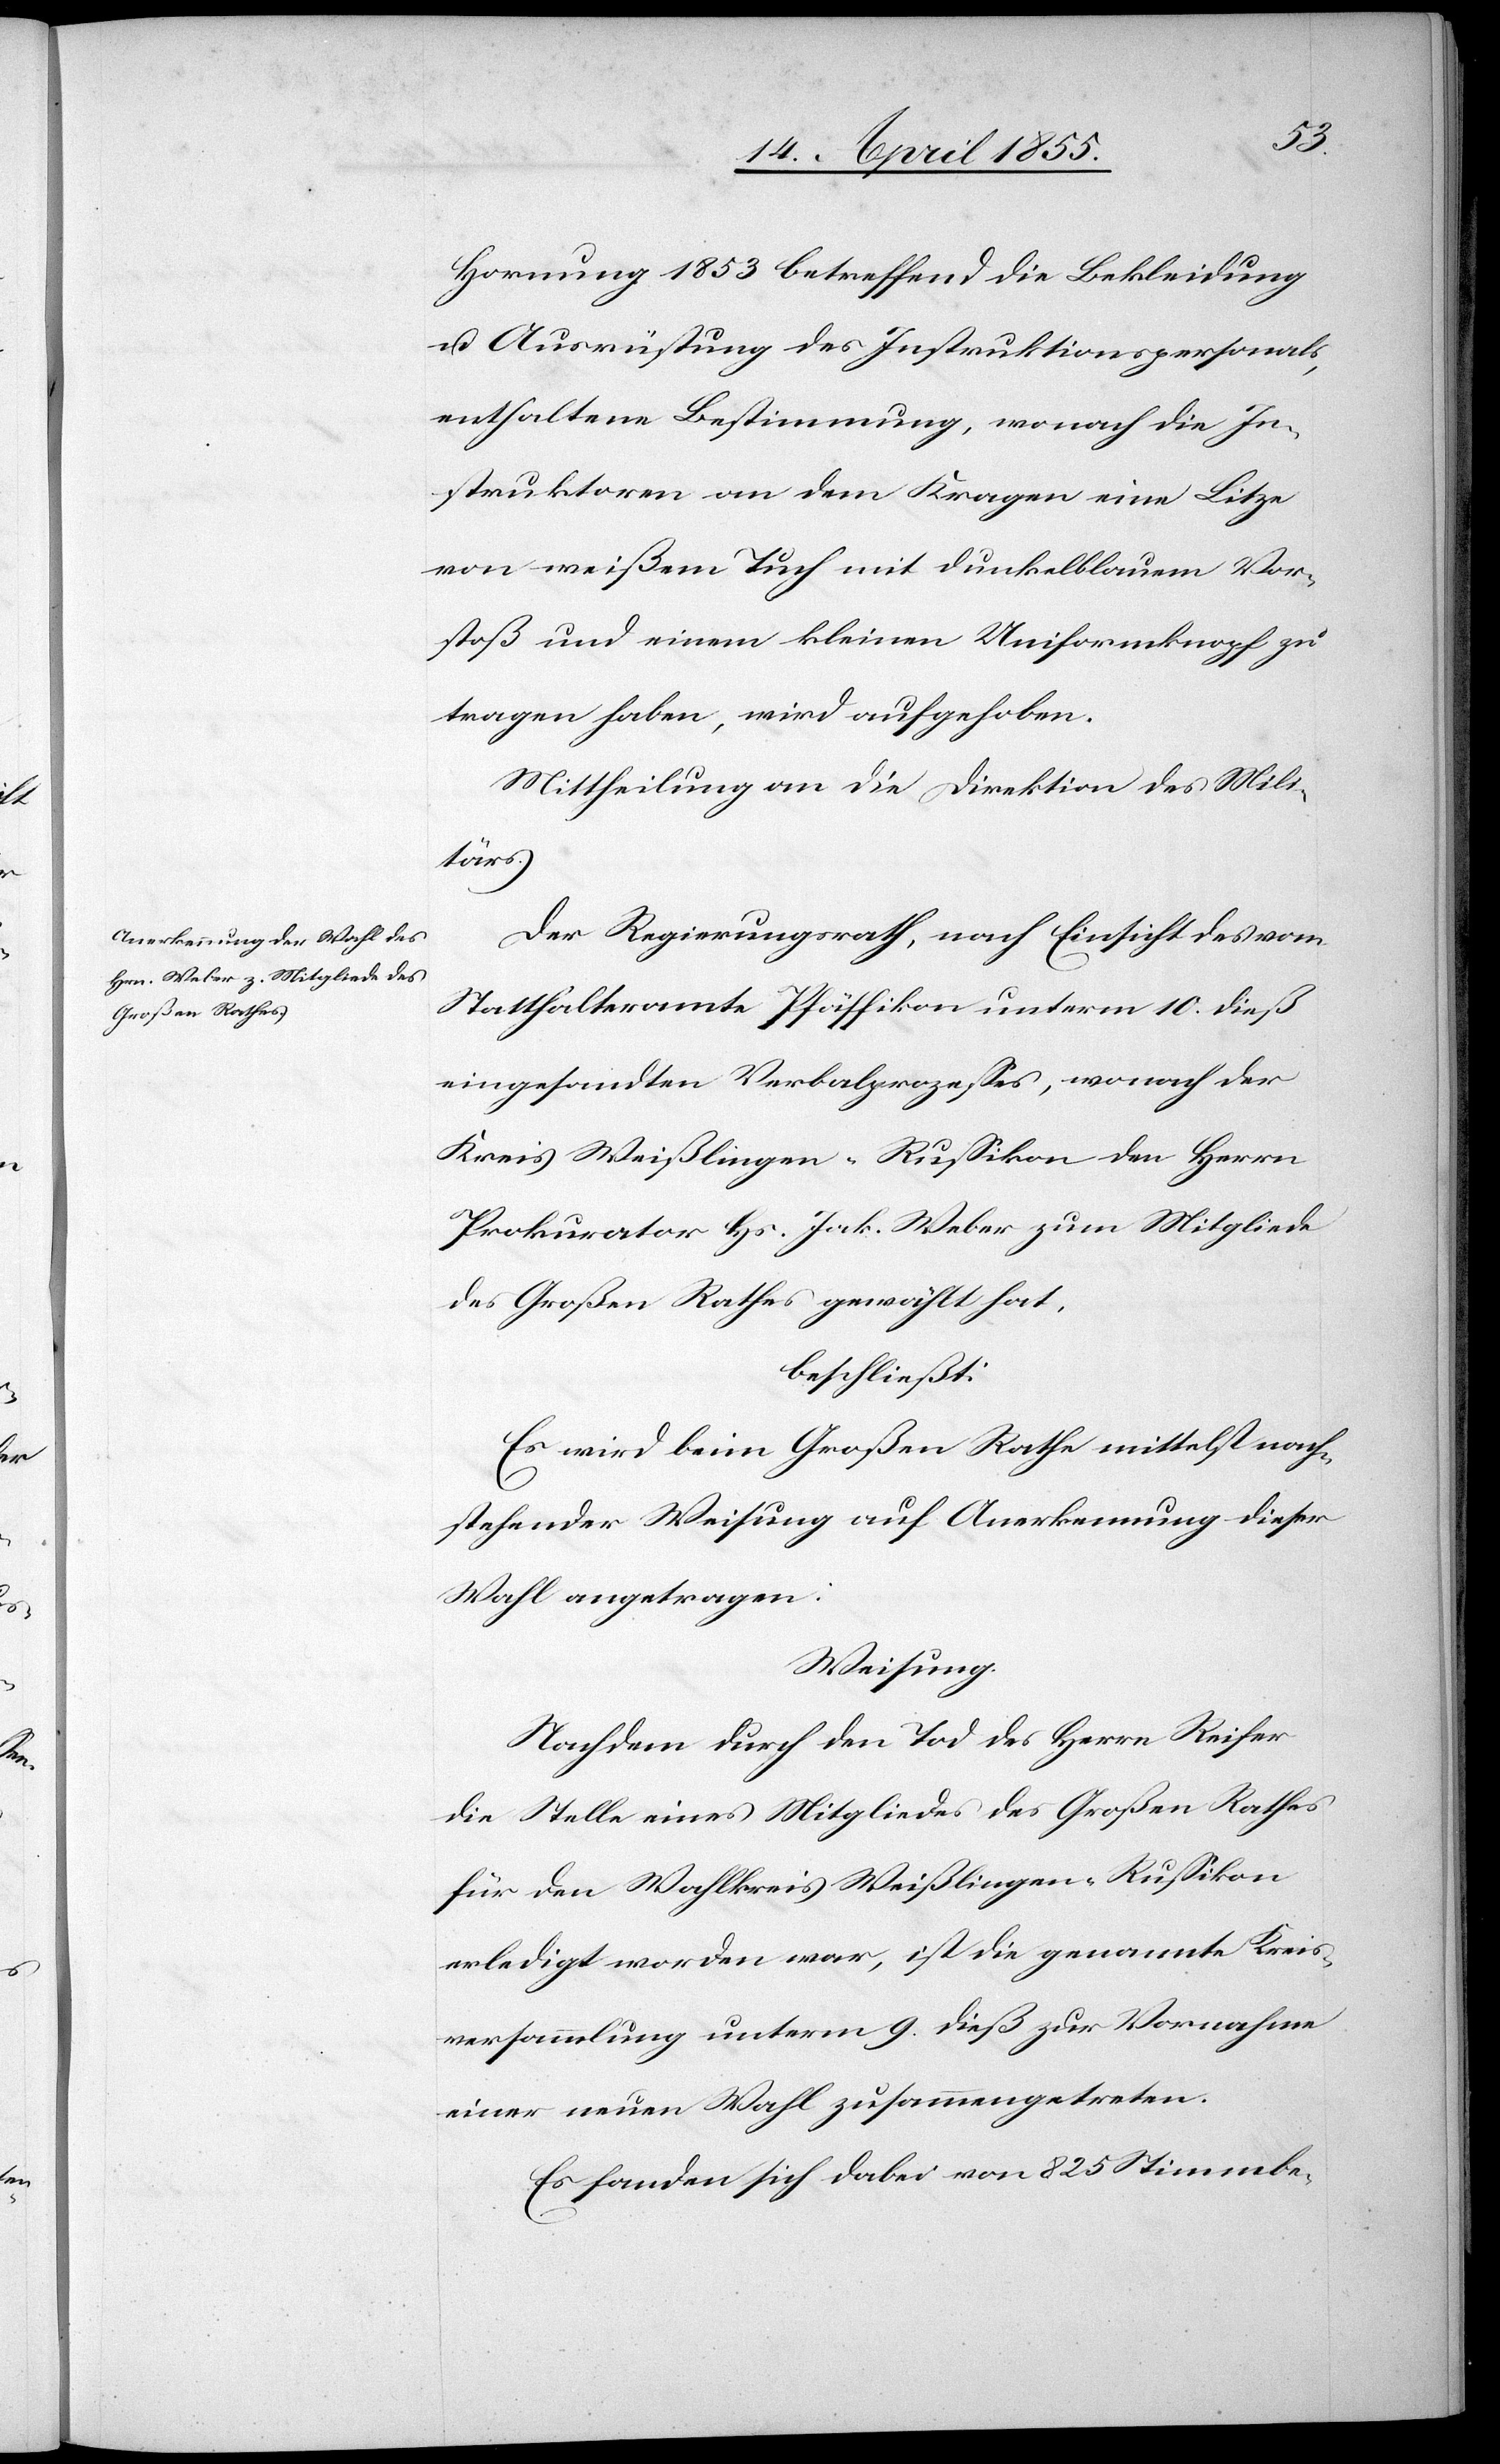
Hornung 1853 betreffend die Bekleidung
u. Ausrüstung des Instruktionspersonals,
enthaltene Bestimmung, wonach die In¬
struktoren an dem Kragen eine Litze
von weißem Tuch mit dunkelblauem Vor¬
stoß und einem kleinen Uniformknopf zu
tragen haben, wird aufgehoben.
Mittheilung an die Direktion des Mili¬
tärs.
Der Regierungsrath, nach Einsicht des vom
Statthalteramte Pfäffikon unterm 10. dieß
eingesandten Verbalprozesses, wonach der
Kreis Weißlingen-Russikon den Herrn
Prokurator Hs. Jak. Weber zum Mitgliede
des Großen Rathes gewählt hat,
beschließt:
Es wird beim Großen Rathe mittelst nach¬
stehender Weisung auf Anerkennung dieser
Wahl angetragen:
Weisung.
Nachdem durch den Tod des Herrn Reifer
die Stelle eines Mitgliedes des Großen Rathes
für den Wahlkreis Weißlingen-Russikon
erledigt worden war, ist die genannte Kreis¬
versammlung unterm 9. dieß zur Vornahme
einer neuen Wahl zusammengetreten.
Es fanden sich dabei von 825 Stimmbe-